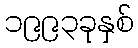
၁၉၉၃ခုနှစ်